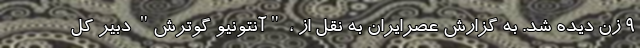
9 زن دیده شد. به گزارش عصرایران به نقل از ، "آنتونیو گوترش" دبیر کل